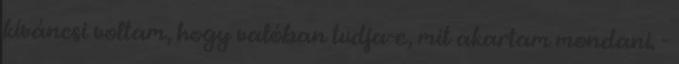
kíváncsi voltam, hogy valóban tudja-e, mit akartam mondani. -